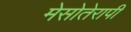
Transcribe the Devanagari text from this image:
मेसोतेरापी